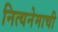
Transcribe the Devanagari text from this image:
नित्यनेमाची